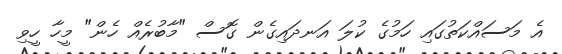
އެ މަސައްކަތުގައި ހަމުގެ ކުލަ އަނދައިގެން ގޮސް "މާބުރެއް ހެން" މީހާ ހީވި